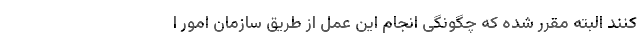
کنند البته مقرر شده که چگونگی انجام این عمل از طریق سازمان امور ا